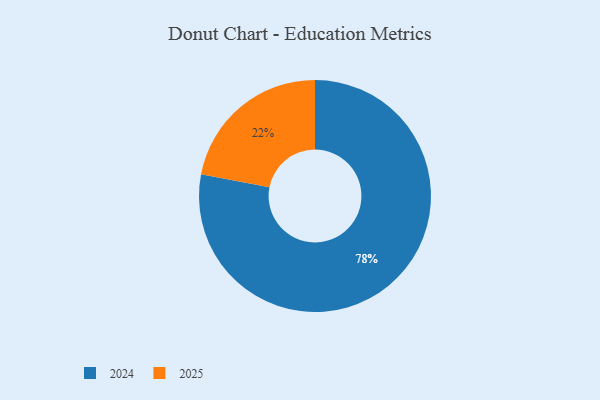
{"axis": {"x": "Category", "y": "Percentage"}, "legend": ["2024", "2025"], "data": [{"x": "2025", "y": 22, "type": "2025"}, {"x": "2024", "y": 78, "type": "2024"}]}